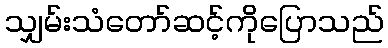
သျှမ်းသံတော်ဆင့်ကိုပြောသည်